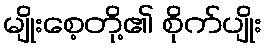
မျိုးစေ့တို့၏ စိုက်ပျိုး